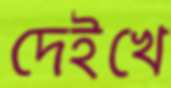
দেইখে